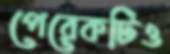
পেরেকটিও